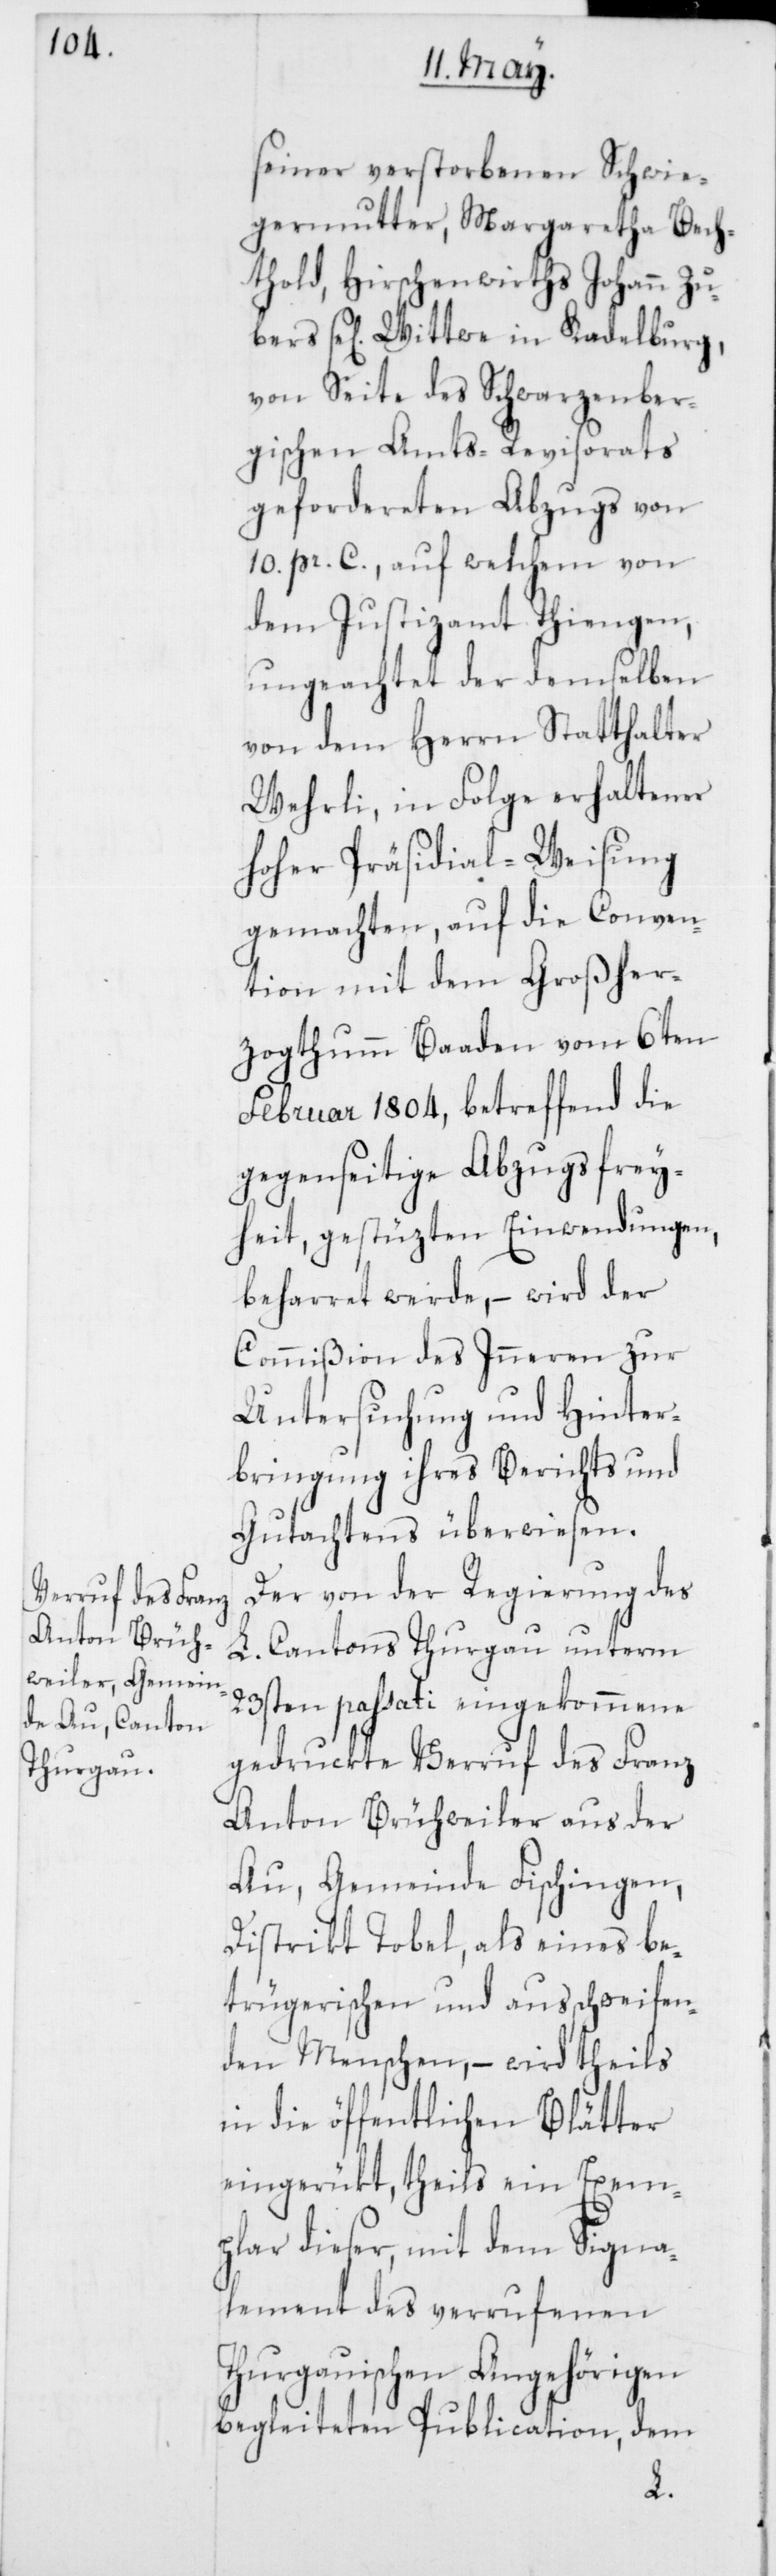
seiner verstorbenen Schwie¬
germutter, Margaretha Bech¬
thold, Hirschenwirths Johann Zu¬
bers se[lig] Wittwe in Kadelburg,
von Seite des Schwarzenber¬
gischen Amts-Revisorats
gefordereten Abzugs von
10. pr. C., auf welchem von
dem Justizamt Tiengen,
ungeachtet der demselben
von dem Herrn Statthalter
Wehrli, in Folge erhaltener
hoher Präsidial-Weisung
gemachten, auf die Conven¬
tion mit dem Großher¬
zogthumm Baaden vom 6ten
Februar 1804, betreffend die
gegenseitige Abzugsfrey¬
heit, gestüzten Einwendungen,
beharret werde, – wird der
Commißion des Inneren zur
Untersuchung und Hinter¬
bringung ihres Berichts und
Gutachtens überwiesen.
Der von der Regierung des
L. Cantons Thurgau unterm
23sten passati eingekommene
gedruckte Verruf des Franz
Anton Brühweiler aus der
Au, Gemeinde Fischingen,
Distrikt Tobel, als eines be¬
trügerischen und ausschweifen¬
den Menschen, – wird theils
in die öffentlichen Blätter
eingerükt, theils ein Exem¬
plar dieser, mit dem Signa¬
lement des verrufenen
Thurgauischen Angehörigen
begleiteten Publication, dem